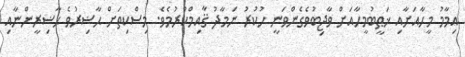
އިމާމު މީހާއަށާއި ޚަޠީބުމީހާއަށް ވާޖިބުވެގެންވަނީ ހުކުރު ނަމާދު ޤާއިމްކުރުމެވެ. މިސްކިތަށް ޙާޟިރުވެ ޙާޟިރީންނާއި